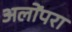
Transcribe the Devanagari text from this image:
अलोंपरा